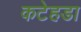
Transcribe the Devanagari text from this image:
कटेहडा